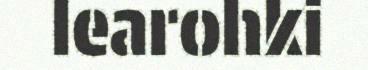
learohki